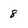
Character: 8